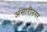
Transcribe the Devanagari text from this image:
अंसारीनगर